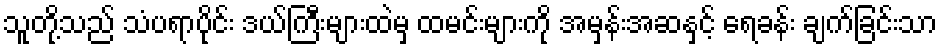
သူတို့သည် သံပရာပိုင်း ဒယ်ကြီးများထဲမှ ထမင်းများကို အမှန်းအဆနှင့် ရေခန်း ချက်ခြင်းသာ